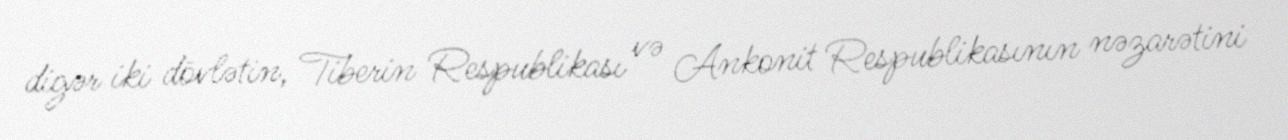
digər iki dövlətin, Tiberin Respublikası və Ankonit Respublikasının nəzarətini